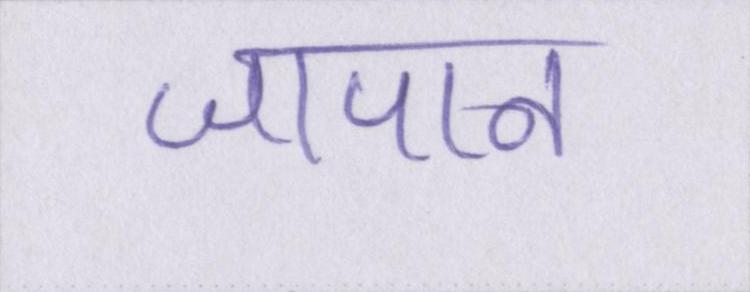
जापान